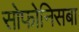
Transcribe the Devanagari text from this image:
सोफोनिसबा